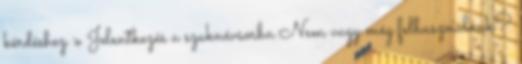
kérdéshez » Jelentkezés a szaknévsorba Nem vagy még felhasználónk?